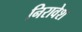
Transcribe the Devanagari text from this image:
निरावेश